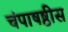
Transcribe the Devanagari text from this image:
चंपाषष्ठीस